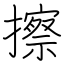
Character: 擦